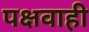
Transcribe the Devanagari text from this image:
पक्षवाही